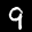
Label: 9